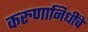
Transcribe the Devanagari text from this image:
करुणानिधींचे